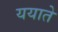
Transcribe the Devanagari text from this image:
ययाते